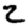
Digit: 2